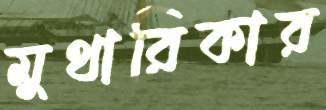
মুথারিকার